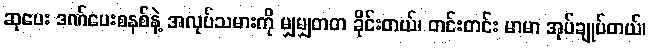
ဆုပေး ဒဏ်ပေးစနစ်နဲ့ အလုပ်သမားကို မျှမျှတတ ခိုင်းတယ်၊ တင်းတင်း မာမာ အုပ်ချုပ်တယ်၊